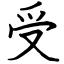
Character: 受